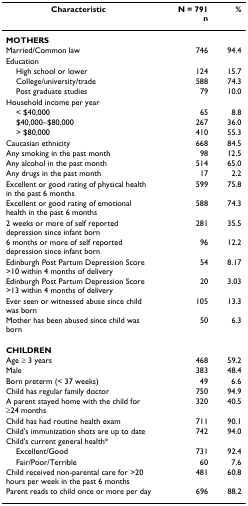
<table><thead><tr><td><b>Characteristic</b></td><td><b>N = 791n</b></td><td><b>%</b></td></tr></thead><tbody><tr><td><b>MOTHERS</b></td><td></td><td></td></tr><tr><td>Married/Common law</td><td>746</td><td>94.4</td></tr><tr><td>Education</td><td></td><td></td></tr><tr><td> High school or lower</td><td>124</td><td>15.7</td></tr><tr><td> College/university/trade</td><td>588</td><td>74.3</td></tr><tr><td> Post graduate studies</td><td>79</td><td>10.0</td></tr><tr><td>Household income per year</td><td></td><td></td></tr><tr><td> &lt; $40,000</td><td>65</td><td>8.8</td></tr><tr><td> $40,000–$80,000</td><td>267</td><td>36.0</td></tr><tr><td> &gt; $80,000</td><td>410</td><td>55.3</td></tr><tr><td>Caucasian ethnicity</td><td>668</td><td>84.5</td></tr><tr><td>Any smoking in the past month</td><td>98</td><td>12.5</td></tr><tr><td>Any alcohol in the past month</td><td>514</td><td>65.0</td></tr><tr><td>Any drugs in the past month</td><td>17</td><td>2.2</td></tr><tr><td>Excellent or good rating of physical health in the past 6 months</td><td>599</td><td>75.8</td></tr><tr><td>Excellent or good rating of emotional health in the past 6 months</td><td>588</td><td>74.3</td></tr><tr><td>2 weeks or more of self reported depression since infant born</td><td>281</td><td>35.5</td></tr><tr><td>6 months or more of self reported depression since infant born</td><td>96</td><td>12.2</td></tr><tr><td>Edinburgh Post Partum Depression Score &gt;10 within 4 months of delivery</td><td>54</td><td>8.17</td></tr><tr><td>Edinburgh Post Partum Depression Score &gt;13 within 4 months of delivery</td><td>20</td><td>3.03</td></tr><tr><td>Ever seen or witnessed abuse since child was born</td><td>105</td><td>13.3</td></tr><tr><td>Mother has been abused since child was born</td><td>50</td><td>6.3</td></tr><tr><td><b>CHILDREN</b></td><td></td><td></td></tr><tr><td>Age ≥ 3 years</td><td>468</td><td>59.2</td></tr><tr><td>Male</td><td>383</td><td>48.4</td></tr><tr><td>Born preterm (&lt; 37 weeks)</td><td>49</td><td>6.6</td></tr><tr><td>Child has regular family doctor</td><td>750</td><td>94.9</td></tr><tr><td>A parent stayed home with the child for ≥24 months</td><td>320</td><td>40.5</td></tr><tr><td>Child has had routine health exam</td><td>711</td><td>90.1</td></tr><tr><td>Child&#x27;s immunization shots are up to date</td><td>742</td><td>94.0</td></tr><tr><td>Child&#x27;s current general health*</td><td></td><td></td></tr><tr><td> Excellent/Good</td><td>731</td><td>92.4</td></tr><tr><td> Fair/Poor/Terrible</td><td>60</td><td>7.6</td></tr><tr><td>Child received non-parental care for &gt;20 hours per week in the past 6 months</td><td>481</td><td>60.8</td></tr><tr><td>Parent reads to child once or more per day</td><td>696</td><td>88.2</td></tr></tbody></table>